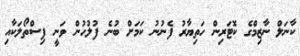
ކާނަލް ނާޒިމްގެ ކޮޓަރިން ހަތިޔާރު ފެނުނު ކަމަށް ބުނެ ފުލުހުން ވަނީ ފިސްތޯލަކާއި